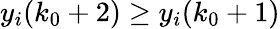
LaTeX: y_{i}(k_{0}+2)\geq y_{i}(k_{0}+1)